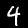
Label: 4